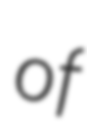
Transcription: of